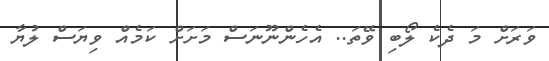
ވަރަށް މަ ދެކެ ލޯބި ވޭތަ.. އެހެންނޫނަސް މަށަށް ކަމެއް ވިޔަސް ލުޔާ